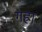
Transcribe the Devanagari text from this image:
गह्रा